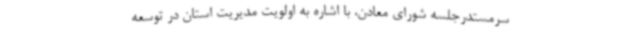
سرمستدرجلسه شورای معادن، با اشاره به اولویت مدیریت استان در توسعه